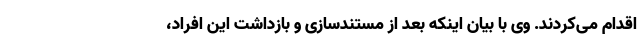
اقدام می‌کردند. وی با بیان اینکه بعد از مستندسازی و بازداشت این افراد،